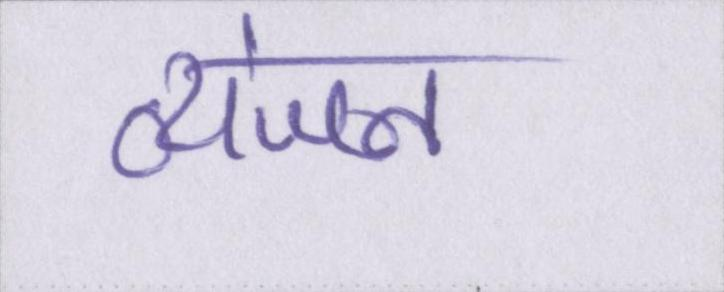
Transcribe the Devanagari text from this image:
व्यंजन